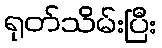
ရုတ်သိမ်းပြီး